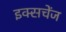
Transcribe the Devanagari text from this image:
इक्सचेंज